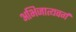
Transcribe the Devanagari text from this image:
अभिजात्यवर्ग